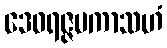
ဒေဝရဇ္ဇမကာသဟံ